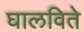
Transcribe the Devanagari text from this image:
घालविते